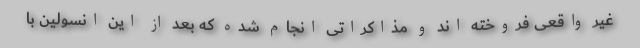
غیر واقعی فروخته اند و مذاکراتی انجام شده که بعد از این انسولین با